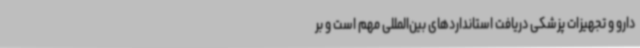
دارو و تجهیزات پزشکی دریافت استانداردهای‌ بین‌المللی مهم است و بر